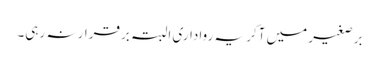
برصغیر میں آکر یہ رواداری البتہ برقرار نہ رہی۔